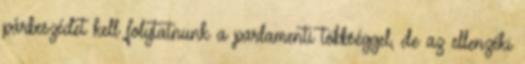
párbeszédet kell folytatnunk a parlamenti többséggel, de az ellenzéki